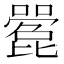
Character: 𫬌